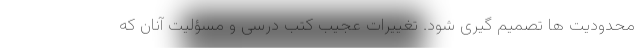
محدودیت ها تصمیم گیری شود. تغییرات عجیب کتب درسی و مسؤلیت آنان که